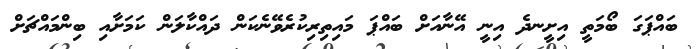
ބައްޕަގަ ބޯމަތީ އިށީނދެ އިނީ އޭނާއަށް ބައްޕަ މައިތިރިކުރެވޭނެކަން ދައްކާލަން ކަމަށާއި ބިންމައްޗަށް